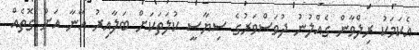
އެކަމަކު ރިލްވާން ގެއްލުނު ދުވަސްވަރުގެ ސިޔާސީ ކުލަތަކަށް ބަލާއިރު އޭނާ އަށް ގޮތެއް